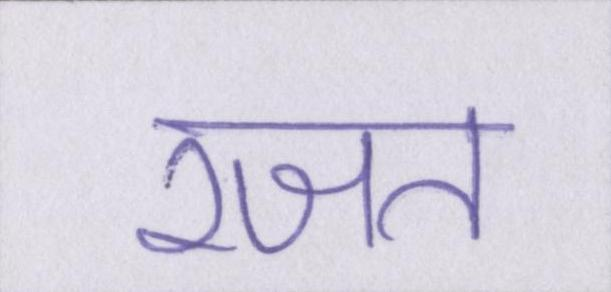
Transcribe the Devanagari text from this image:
रजत